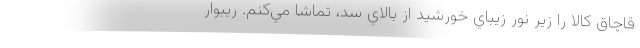
قاچاق كالا را زير نور زيباي خورشيد از بالاي سد، تماشا مي‌كنم. ريبوار